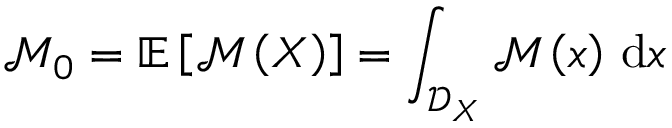
\mathcal { M } _ { 0 } = \mathbb { E } \left[ \mathcal { M } \left( \boldsymbol { X } \right) \right] = \int _ { \mathcal { D } _ { \boldsymbol { X } } } \mathcal { M } \left( \boldsymbol { x } \right) \, \mathrm { d } \boldsymbol { x }